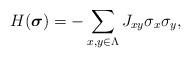
LaTeX: \begin{align*}H({\boldsymbol \sigma})=-\sum_{x, y\in \Lambda} J_{xy} \sigma_x\sigma_y,\end{align*}